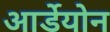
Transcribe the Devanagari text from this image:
आर्डेयोन